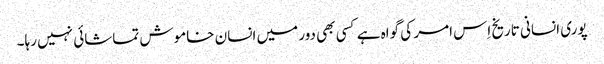
پوری انسانی تاریخ اِس امر کی گواہ ہے کسی بھی دور میں انسان خاموش تماشائی نہیں رہا۔